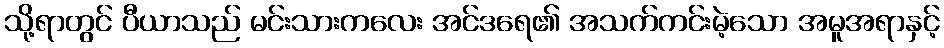
သို့ရာတွင် ပီယာသည် မင်းသားကလေး အင်ဒရေ၏ အသက်ကင်းမဲ့သော အမူအရာနှင့်